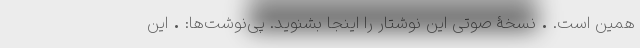
همین است. • نسخۀ صوتی این نوشتار را اینجا بشنوید. پی‌نوشت‌ها: • این